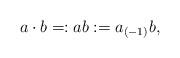
LaTeX: \begin{align*} a\cdot b=:ab:=a_{(-1)}b,\end{align*}